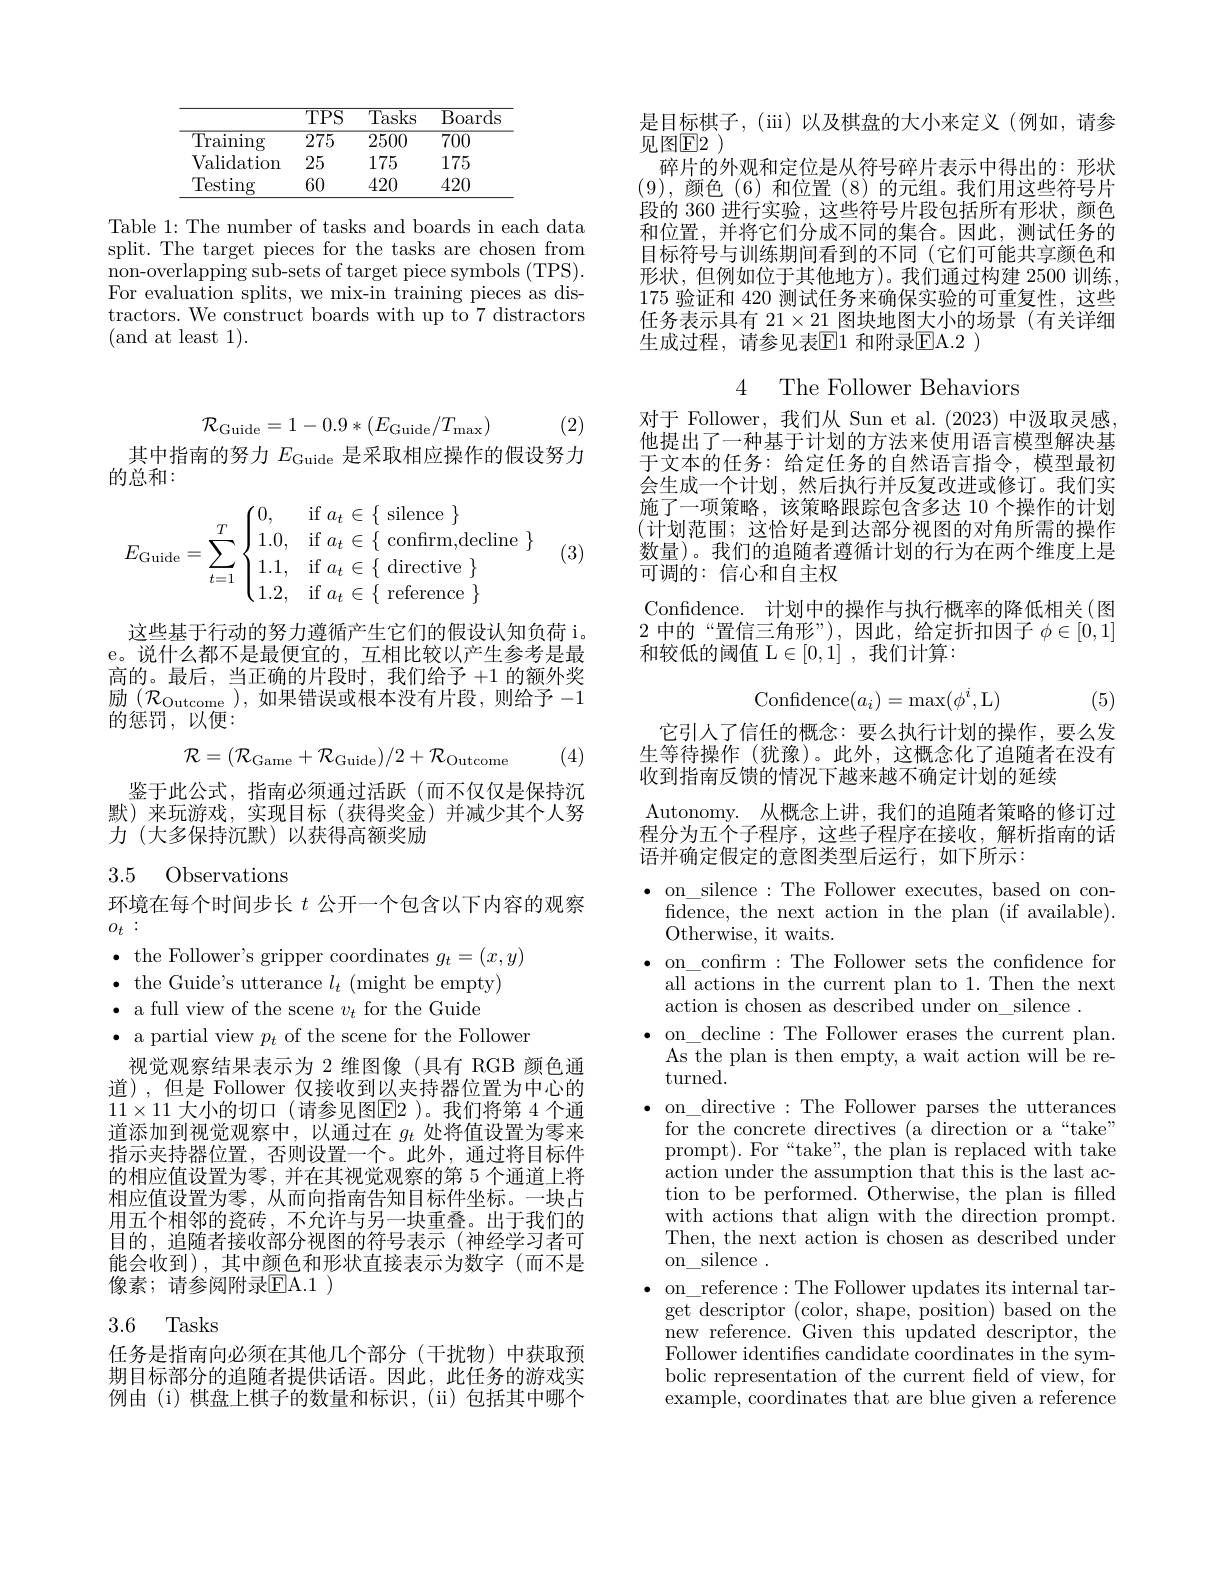
<table>
	<tbody>
		<tr>
			<th> </th>
			<th>$\overline{\mathrm{TPS}}$</th>
			<th>$\overline{\mathrm{Tasks}}$</th>
			<th>$\overline{\mathrm{Boards}}$</th>
		</tr>
		<tr>
			<td>$\operatorname{Training}$</td>
			<td>$\overline{275}$</td>
			<td>2500</td>
			<td>$\overline{700}$</td>
		</tr>
		<tr>
			<td>Validation</td>
			<td>25</td>
			<td>175</td>
			<td>175</td>
		</tr>
		<tr>
			<td>Testing</td>
			<td>60</td>
			<td>420</td>
			<td>420</td>
		</tr>
	</tbody>
</table>

Table 1: The number of tasks and boards in each data split. The target pieces for the tasks are chosen from non-overlapping sub-sets of target piece symbols (TPS). For evaluation splits, we mix-in training pieces as distractors. We construct boards with up to 7 distractors (and at least 1).
$$\mathcal{R}_{\mathrm{Guide}}=1-0.9*(E_{\mathrm{Guide}}/T_{\mathrm{max}})$$
(2)

其中指南的努力$E_\mathrm{Guide}$是采取相应操作的假设努力
的总和：
$$E_{\text{Guide}}=\sum_{t=1}^T\begin{cases}0,&\text{if}~a_t\in\{~\text{silence}~\}\\1.0,&\text{if}~a_t\in\{~\text{confirm,decline}~\}\\1.1,&\text{if}~a_t\in\{~\text{directive}~\}\\1.2,&\text{if}~a_t\in\{~\text{reference}~\}\end{cases}$$
(3)

这些基于行动的努力遵循产生它们的假设认知负荷 i。e。说什么都不是最便宜的，互相比较以产生参考是最高的。最后，当正确的片段时，我们给予+1的额外奖励$\left(\mathcal{R}_{\mathrm{Outcome}}\right)$,如果错误或根本没有片段，则给予-1的惩罚，以便：
$$\mathcal{R}=(\mathcal{R}_{\mathrm{Game}}+\mathcal{R}_{\mathrm{Guide}})/2+\mathcal{R}_{\mathrm{Outcome}}$$
(4)

鉴于此公式，指南必须通过活跃(而不仅仅是保持沉默)来玩游戏，实现目标(获得奖金)并减少其个人努力(大多保持沉默)以获得高额奖励

### 3.5 Observations

环境在每个时间步长$t$公开一个包含以下内容的观察
$o_t:$

$\bullet$ the Follower's gripper coordinates $g_t=(x,y)$
$\bullet$ the Guide's utterance $l_t$ (might be empty)
$\bullet$ a full view of the scene $v_t$ for the Guide
$\bullet$ a partial view $p_t$ of the scene for the Follower
视觉观察结果表示为 2 维图像(具有 RGB 颜色通道),但是 Follower 仅接收到以夹持器位置为中心的$11\times11$ 大小的切口 (请参见图$\boxed{\mathrm{E}}2$ )。我们将第 4 个通道添加到视觉观察中，以通过在$g_t$处将值设置为零来指示夹持器位置，否则设置一个。此外，通过将目标件的相应值设置为零，并在其视觉观察的第 5 个通道上将相应值设置为零，从而向指南告知目标件坐标。一块占用五个相邻的瓷砖，不允许与另一块重叠。出于我们的目的，追随者接收部分视图的符号表示 (神经学习者可能会收到),其中颜色和形状直接表示为数字(而不是像素；请参阅附录$\mathbb{E}$A.1 )

## 3.6 Tasks

任务是指南向必须在其他几个部分(干扰物)中获取预期目标部分的追随者提供话语。因此，此任务的游戏实例由 (i)棋盘上棋子的数量和标识，(ii)包括其中哪个

是目标棋子，(iii)以及棋盘的大小来定义(例如，请参
见图E2 )
碎片的外观和定位是从符号碎片表示中得出的：形状(9),颜色(6)和位置(8)的元组。我们用这些符号片段的 360 进行实验，这些符号片段包括所有形状，颜色和位置，并将它们分成不同的集合。因此，测试任务的目标符号与训练期间看到的不同(它们可能共享颜色和形状，但例如位于其他地方)。我们通过构建 2500 训练175验证和 420 测试任务来确保实验的可重复性，这些任务表示具有$21\times21$图块地图大小的场景 (有关详细生成过程，请参见表$\mathbb{E}$1 和附录$\mathbb{E}$A.2 )

4 The Follower Behaviors

对于 Follower,我们从 Sun et al.(2023)中汲取灵感， 他提出了一种基于计划的方法来使用语言模型解决基于文本的任务：给定任务的自然语言指令，模型最初会生成一个计划，然后执行并反复改进或修订。我们实施了一项策略，该策略跟踪包含多达 10 个操作的计划(计划范围；这恰好是到达部分视图的对角所需的操作数量)。我们的追随者遵循计划的行为在两个维度上是可调的：信心和自主权
Confidence. 计划中的操作与执行概率的降低相关(图2中的“置信三角形”),因此，给定折扣因子$\phi\in[0,1]$ 和较低的阈值 L$\in[0,1]$ ,我们计算：
$$\mathrm{Confidence}(a_i)=\max(\phi^i,\mathrm{L})$$
(5)

它引人了信任的概念：要么执行计划的操作，要么发生等待操作(犹豫)。此外，这概念化了追随者在没有收到指南反馈的情况下越来越不确定计划的延续
Autonomy. 从概念上讲，我们的追随者策略的修订过$\begin{aligned}\text{程分为五个子程序，这些子程序在接收，解析指南的话}\end{aligned}$ 语并确定假定的意图类型后运行，如下所示：

$\bullet$ on silence:The Follower executes,based on con-
fidence, the next action in the plan (if available).
Otherwise, it waits.
$\bullet$ on\_confirm:The Follower sets the confidence for
all actions in the current plan to 1. Then the next
action is chosen as described under on\_silence.
on\_decline:The Follower erases the current plan. As the plan is then empty, a wait action will be re- ${\mathrm{turned}}.$
$\bullet$ on\_directive:The Follower parses the utterances
for the concrete directives (a direction or a“take” prompt). For“take”, the plan is replaced with take action under the assumption that this is the last action to be performed. Otherwise, the plan is filled with actions that align with the direction prompt. Then, the next action is chosen as described under on\_silence .
on\_ reference:The Follower updates its internal target descriptor (color, shape, position) based on the $\bar{\mathrm{new~reference.~Given~this~updated~descriptor,~the}}$ Follower identifies candidate coordinates in the symbolic representation of the current feld of view, for example, coordinates that are blue given a reference